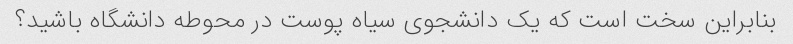
بنابراین سخت است که یک دانشجوی سیاه پوست در محوطه دانشگاه باشید؟